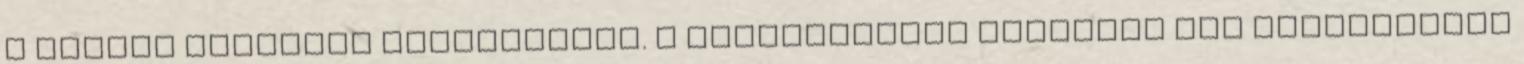
a szülők biztosan meghaljanak. A gázpalackból kiáramló gáz meggyújtása